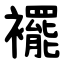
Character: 襬